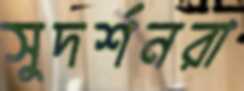
সুদর্শনরা